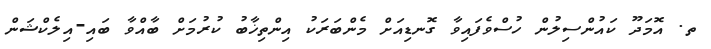
ތ. އޮމަދޫ ކައުންސިލުން ހުސްވެފައިވާ ގޮނޑިއަށް މެންބަރަކު އިންތިޚާބު ކުރުމަށް ބާއްވާ ބައި-އިލެކްޝަން